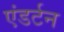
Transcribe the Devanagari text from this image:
एंडर्टन